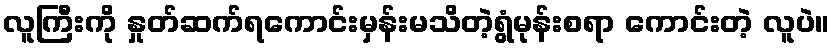
လူကြီးကို နှုတ်ဆက်ရကောင်းမှန်းမသိတဲ့ရွံမုန်းစရာ ကောင်းတဲ့ လူပဲ။